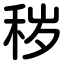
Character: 秽